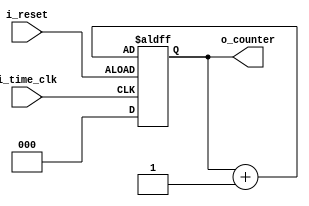
`timescale 1ns / 1ps

module StepCounter(
    input i_time_clk,
    input i_reset,

    output [2:0] o_counter
    );

    reg [2:0] r_counter = 0;
    assign o_counter = r_counter;

    always @(posedge i_time_clk or posedge i_reset) begin
        if (!i_reset) begin
            r_counter <= 0;
        end
        else begin
            r_counter <= r_counter + 1;
        end
    end
endmodule